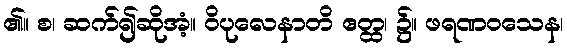
၏။ စ၊ ဆက်၍ဆိုအံ့။ ဝိပုလေနာတိ ဧတ္ထ၊ ၌။ ဖရဏဝသေန၊